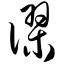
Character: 谬